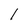
Character: l